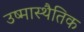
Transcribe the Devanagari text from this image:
उष्मास्थैतिक